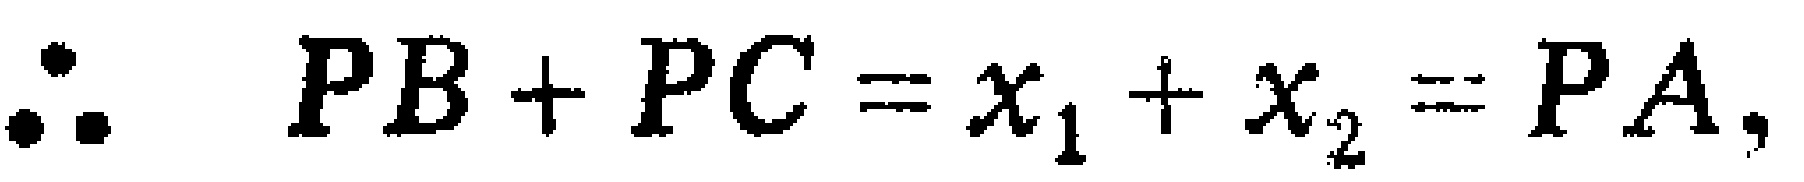
\(\therefore\ PB + PC = x_{1} + x_{2} = PA,\)